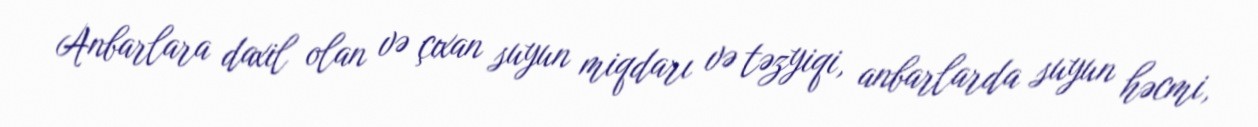
Anbarlara daxil olan və çıxan suyun miqdarı və təzyiqi, anbarlarda suyun həcmi,